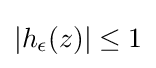
|h_{\epsilon }(z)|\leq 1